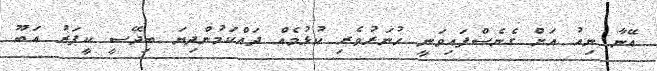
އޭނާ ނިއު އަށް ގެނެސްފައިވަނީ ހުނަރުވެރި ކުޅުމެއް ދައްކަމުންދިޔަ ބިދޭސީ ކީޕަރު އަބޫ